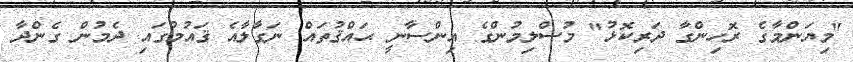
"މިޔަންމާގެ ރޮހިންގާ ދަރިކޮޅު" މުސްލިމުންގެ އިންސާނީ ޙައްޤުތައް ނަގާލާއެ ޤައުމުގައި ދެމުން ގެންދާ